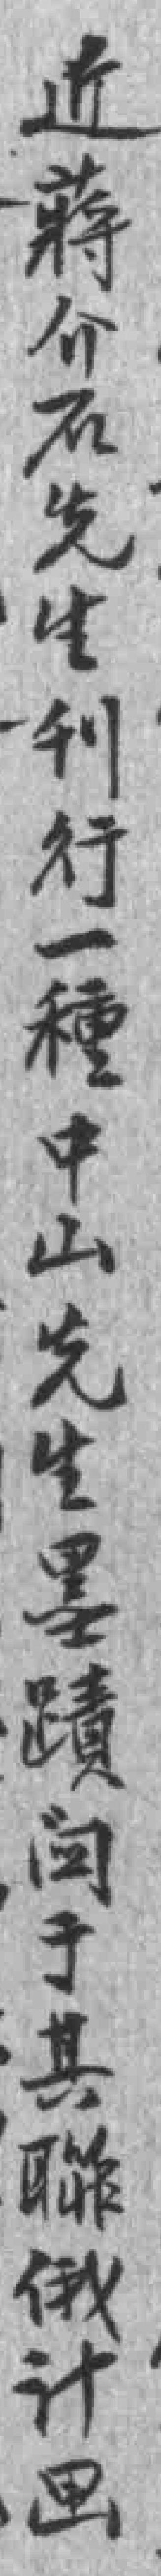
近蔣介石先生刊行一種中山先生墨蹟*于其聯俄计画